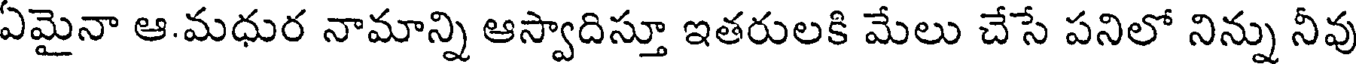
ఏమైనా ఆ.మధుర నామాన్ని ఆస్వాదిస్తూ ఇతరులకి మేలు చేసే పనిలో నిన్ను నీవు